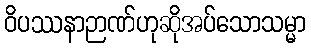
ဝိပဿနာဉာဏ်ဟုဆိုအပ်သောသမ္မာ